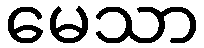
မေသာ